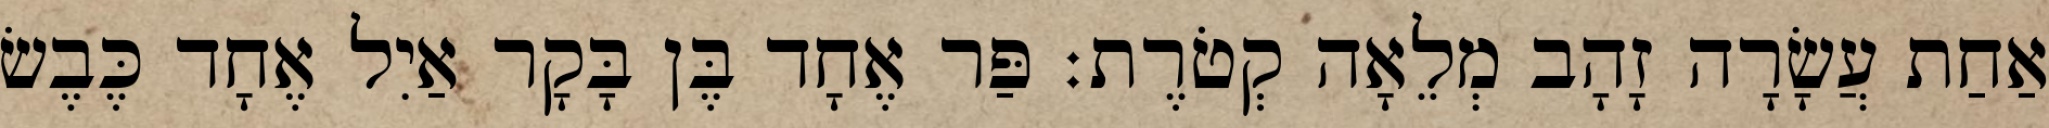
אַחַת עֲשָׂרָה זָהָב מְלֵאָה קְטֹרֶת׃ פַּר אֶחָד בֶּן בָּקָר אַיִל אֶחָד כֶּבֶשׂ